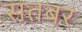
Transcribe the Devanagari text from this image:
सतबर